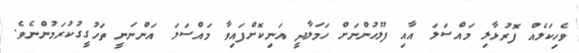
ވެހިކަލެއް ފޮރުޅާލި މައްސަލަ އާއި ފުލުހުންނަށް ހަމަލާދީ އަނިކޮށްފައިވާ މައްސަލަ އަންނަނީ ތަހުގީގުކުރަމުންނެވެ.